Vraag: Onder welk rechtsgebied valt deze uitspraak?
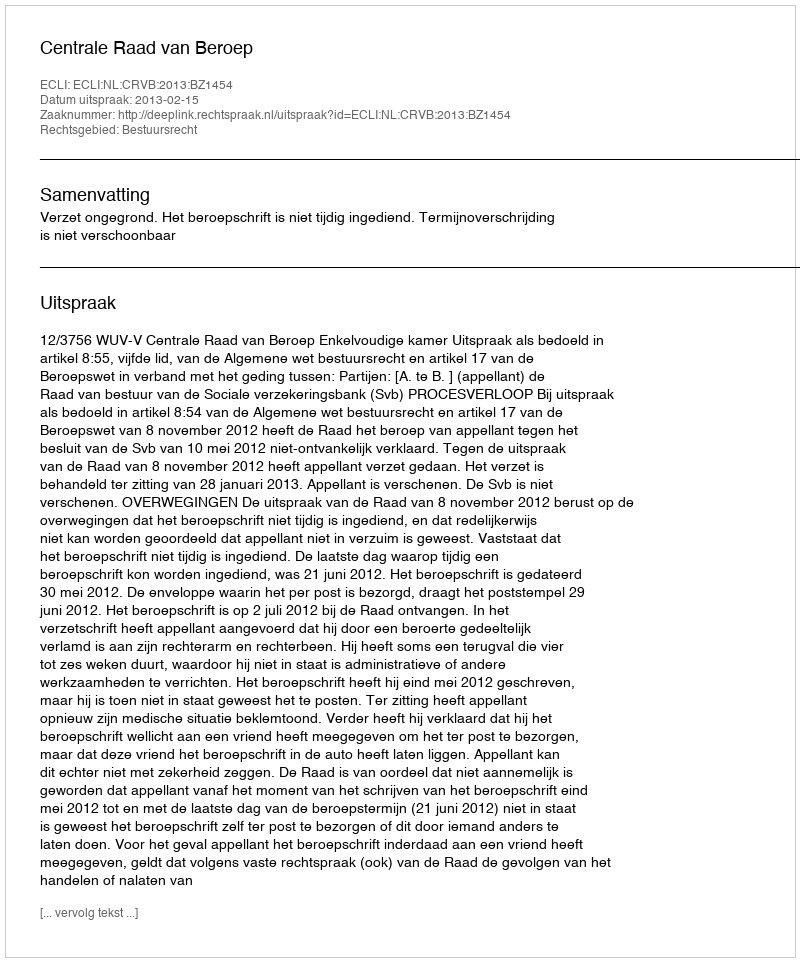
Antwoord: Bestuursrecht